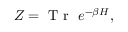
\begin{array} { r } { Z = \mathrm { ~ T ~ r ~ } ~ e ^ { - \beta { \cal H } } , } \end{array}